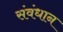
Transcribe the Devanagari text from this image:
संवंधान